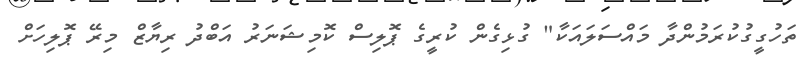
ތަހުގީގުކުރަމުންދާ މައްސަލައަކާ" ގުޅިގެން ކުރީގެ ޕޮލިސް ކޮމިޝަނަރު އަބްދު ރިޔާޒް މިރޭ ޕޮލިހަށް